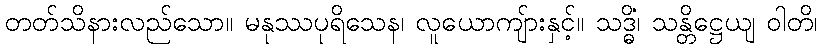
တတ်သိနားလည်သော။ မနုဿပုရိသေန၊ လူယောကျ်ားနှင့်။ သဒ္ဓိံ၊ သန္တိဋ္ဌေယျ ဝါတိ၊